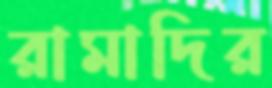
রামাদির